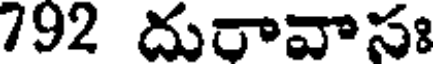
792 దురావాసః